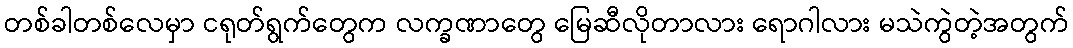
တစ်ခါတစ်လေမှာ ငရုတ်ရွက်တွေက လက္ခဏာတွေ မြေဆီလိုတာလား ရောဂါလား မသဲကွဲတဲ့အတွက်